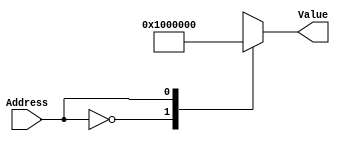
module rom4_re(
	input Address, 
	output signed [13-1:0] Value
);

	reg signed[13-1:0] data;
	always @(Address) begin
		case (Address)
			0 : data = 13'd2048;
			1 : data = 13'd0;
		endcase
	end
	
	assign Value = data;
	
endmodule